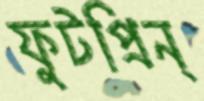
ফুটপ্রিন্